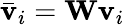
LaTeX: \bar{\mathbf{v}}_{i}=\mathbf{W}\mathbf{v}_{i}